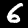
Digit: 6